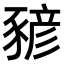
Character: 𧱱